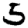
Digit: 5